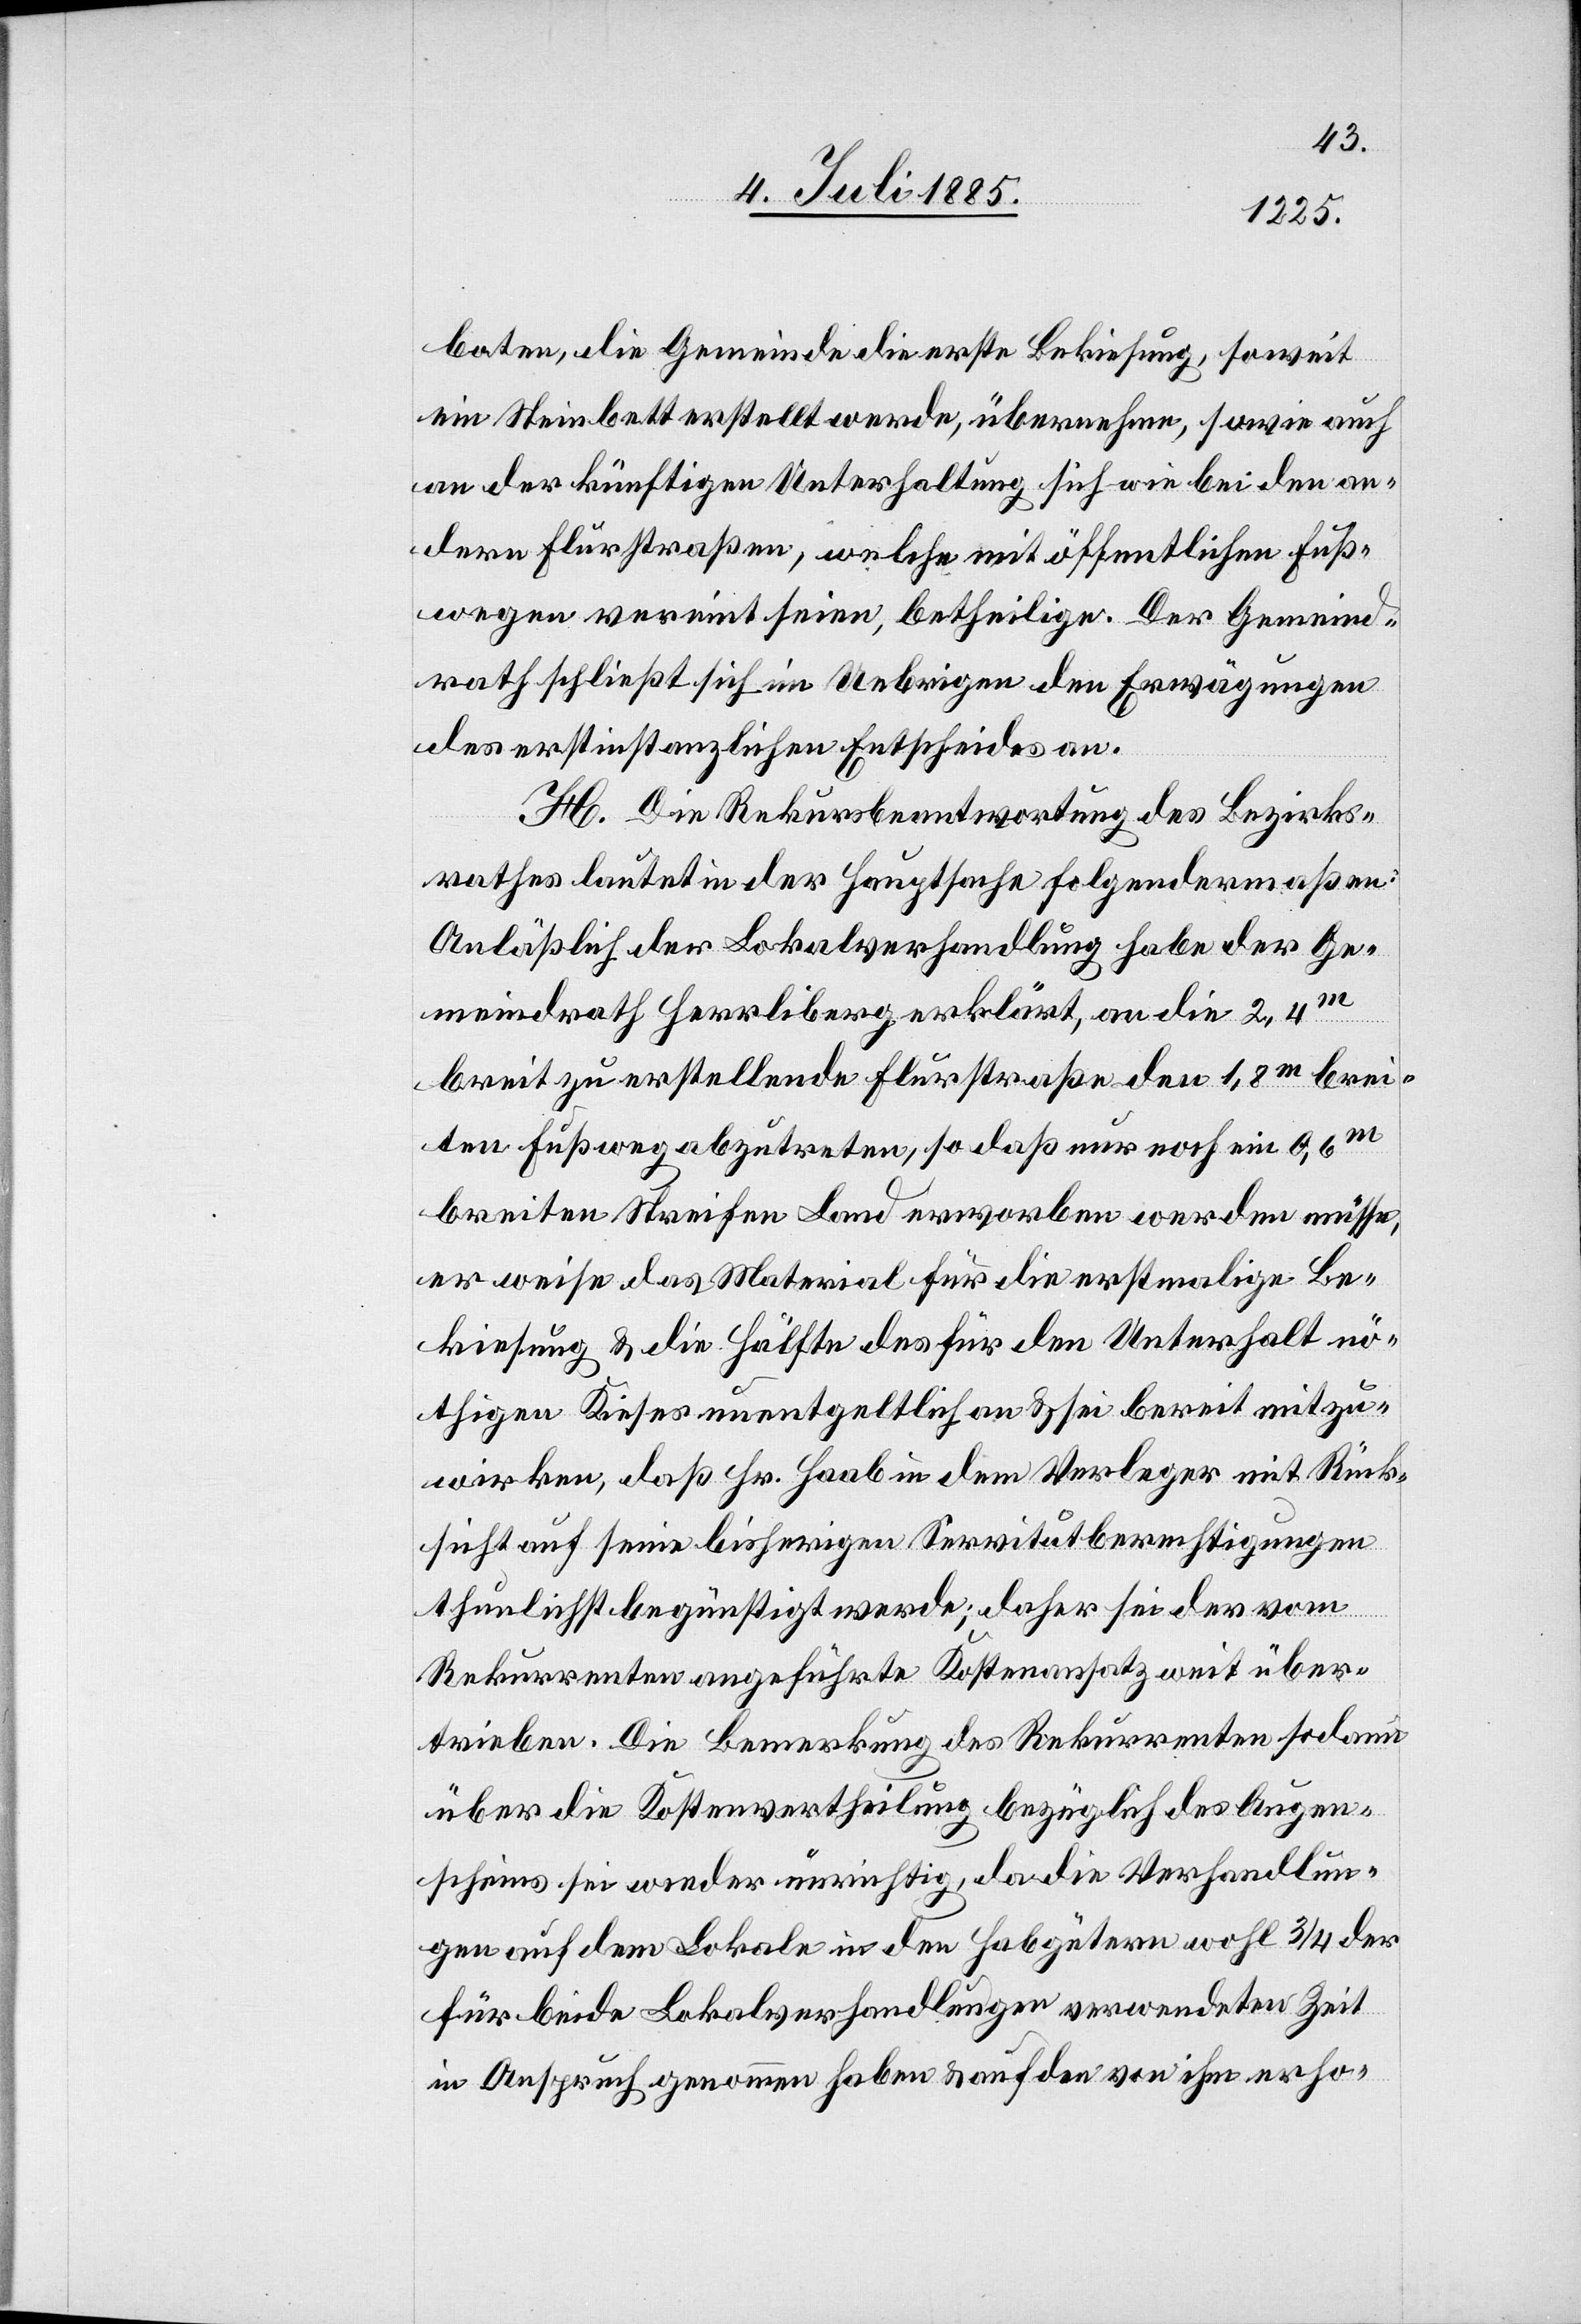
boten, die Gemeinde die erste Bekiesung, soweit
ein Steinbett erstellt werde, übernehmen, sowie auch
an der künftigen Unterhaltung sich wie bei den an¬
dern Flurstraßen, welche mit öffentlichen Fuß¬
wegen vereint seien, betheilige. Der Gemeind¬
rath schließt sich im Uebrigen den Erwägungen
des erstinstanzlichen Entscheides an.
H. Die Rekursbeantwortung des Bezirks¬
rathes lautet in der Hauptsache folgendermaßen:
Anlässlich der Lokalverhandlung habe der Ge¬
meindrath Herrliberg erklärt, an die 2,4m
breit zu erstellende Flurstraße den 1,8m brei¬
ten Fußweg abzutreten, so daß nur noch ein 0,6m
breiten Streifen Land erworben werden müsse,
er weise das Material für die erstmalige Be¬
kiesung & die Hälfte des für den Unterhalt nö¬
thigen Kieses unentgeltlich an & sei bereit mitzu¬
wirken, daß Hr. Haab in dem Verleger mit Rück¬
sicht auf seine bisherigen Servitutberechtigungen
thunlichst begünstigt werde; daher sei der vom
Rekurrenten angeführte Kostenansatz weit über¬
trieben. Die Bemerkung des Rekurrenten sodann
über die Kostenvertheilung bezüglich des Augen¬
scheins sei weder unrichtig, da die Verhandlun¬
gen auf dem Lokale in den Habgütern wohl 3/4 der
für beide Lokalverhandlungen verwendeten Zeit
in Anspruch genommen haben & auf den von ihm erho-